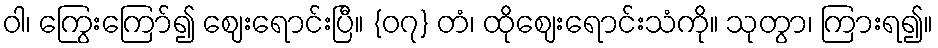
ဝါ၊ ကြွေးကြော်၍ ဈေးရောင်းပြီ။ {၀၇} တံ၊ ထိုဈေးရောင်းသံကို။ သုတွာ၊ ကြားရ၍။